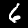
Label: 6